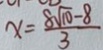
x = \frac { 8 \sqrt { 1 0 } - 8 } { 3 }